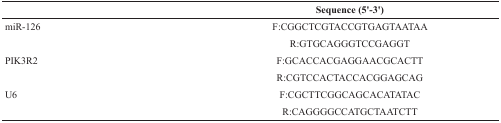
|  | Sequence (5′-3′) |
 | --- | --- |
 | miR-126 | F:CGGCTCGTACCGTGAGTAATAA |
 |  | R:GTGCAGGGTCCGAGGT |
 | PIK3R2 | F:GCACCACGAGGAACGCACTT |
 |  | R:CGTCCACTACCACGGAGCAG |
 | U6 | F:CGCTTCGGCAGCACATATAC |
 |  | R:CAGGGGCCATGCTAATCTT |